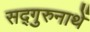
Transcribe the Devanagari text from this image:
सद्गुरुनाथें